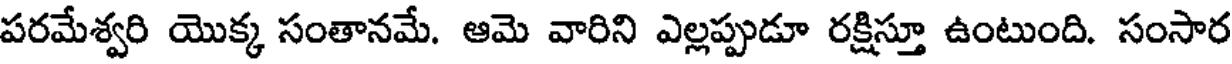
పరమేశ్వరి యొక్క సంతానమే. ఆమె వారిని ఎల్లప్పుడూ రక్షిస్తూ ఉంటుంది. సంసార